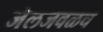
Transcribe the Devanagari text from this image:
जेलजवळच